Report on the metropolitan horse fairs and district horse shows of 1892-93 - 1892-1893
Year: 1892
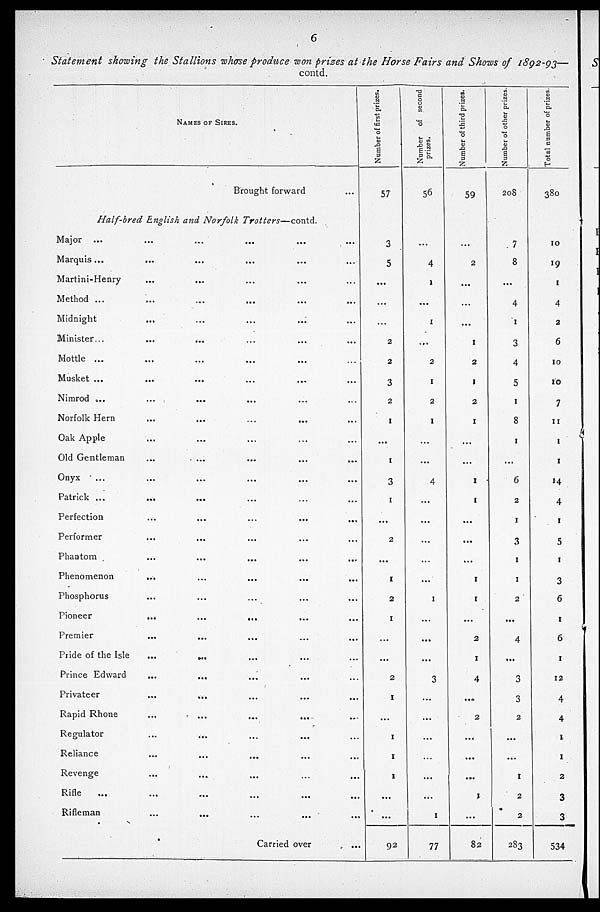
6
Statement
showing the Stallions whose produce won prizes at the Horse Fairs and Shows of 1892-93—
contd.
NAMES OF SIRES.
Brought forward ...
Half-bred English and Norfolk
Trotters—contd.
Major ... ... ... ...
Marquis ... ... ... ...
Martini-Henry ... ... ... ...
Method ... ... ... ... ...
Midnight ... ... ... ...
Minister... ... ... ... ...
Mottle ... ... ... ... ...
Musket ... ... ... ... ...
Nimrod ... ... ... ...
Norfolk Hern ... ... ... ...
Oak Apple ... ... ... ...
Old Gentleman ... ... ... ...
Onyx ... ... ... ...
Patrick ... ... ... ... ...
Perfection ... ... ... ...
Performer ... ... ... ...
Phantom ... ... ... ...
Phenomenon ... ... ... ...
Phosphorus ... ... ... ...
Pioneer ... ... ... ... ...
...
...
...
Premier ... ... ... ...
Pride of the Isle
... ... ... ... ...
Prince Edward ... ... ... ...
Privateer ... ... ... ...
Rapid Rhone ... ... ... ...
Regulator ... ... ... ...
Reliance ... ... ... ...
Revenge ... ... ... ...
Rifle ... ... ... ...
Rifleman ... ... ... ...
Carried over
...
Number of first prizes.
57
3
5
...
...
...
2
2
3
2
1
...
1
3
1
...
2
...
1
2
1
...
...
2
1
...
1
1
1
...
...
92
Number of second
prizes.
56
...
4
1
...
1
...
2
1
2
1
...
...
4
...
...
...
...
...
1
...
...
...
3
...
...
...
...
...
...
1
77
Number of third prizes.
59
...
2
...
...
...
1
2
1
2
1
...
...
1
1
...
...
...
1
1
...
2
1
4
...
2
...
...
...
1
...
82
Number of other prizes
208
7
8
...
4
1
3
4
5
1
8
1
...
6
2
1
3
1
1
2
...
4
...
3
3
2
...
...
1
2
2
283
Total number of prizes
380
10
19
1
4
2
6
10
10
7
11
1
1
14
4
1
5
1
3
6
1
6
1
12
4
4
1
1
2
3
3
534